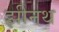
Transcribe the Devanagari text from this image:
झीनथ